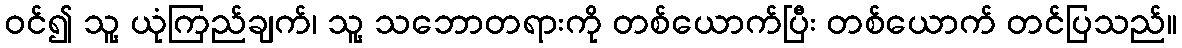
ဝင်၍ သူ့ ယုံကြည်ချက်၊ သူ့ သဘောတရားကို တစ်ယောက်ပြီး တစ်ယောက် တင်ပြသည်။